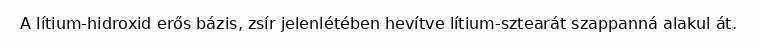
A lítium-hidroxid erős bázis, zsír jelenlétében hevítve lítium-sztearát szappanná alakul át.